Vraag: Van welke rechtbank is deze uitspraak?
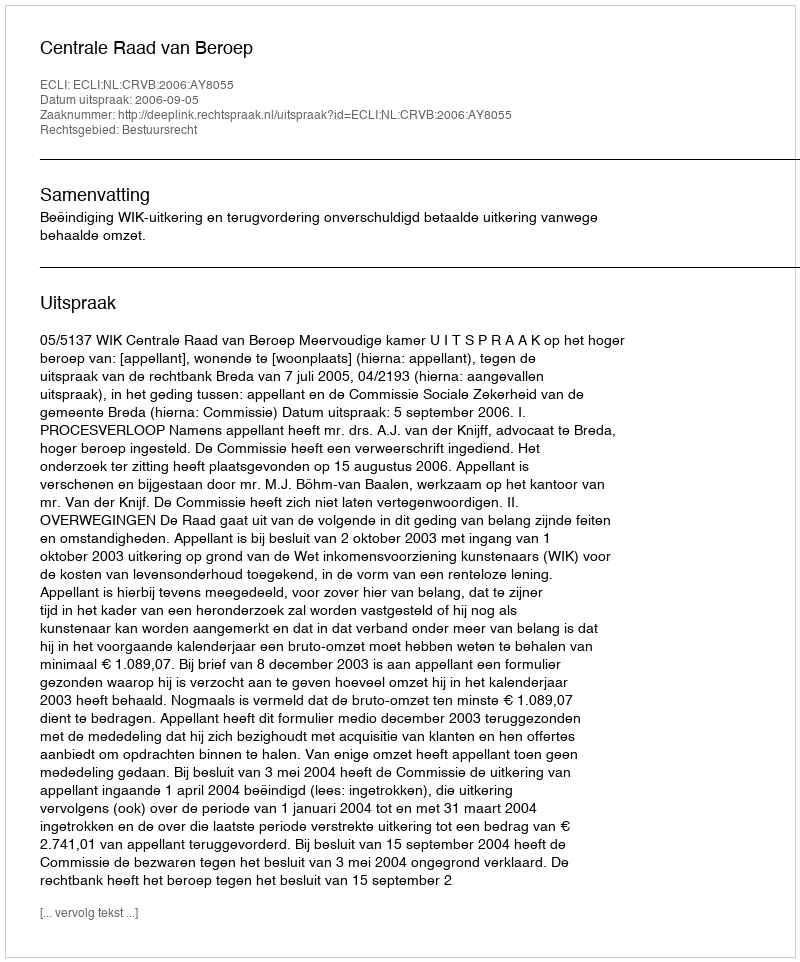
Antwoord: Centrale Raad van Beroep